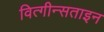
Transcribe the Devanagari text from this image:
वित्गीन्सताइन